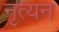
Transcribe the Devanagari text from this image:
नृत्यन